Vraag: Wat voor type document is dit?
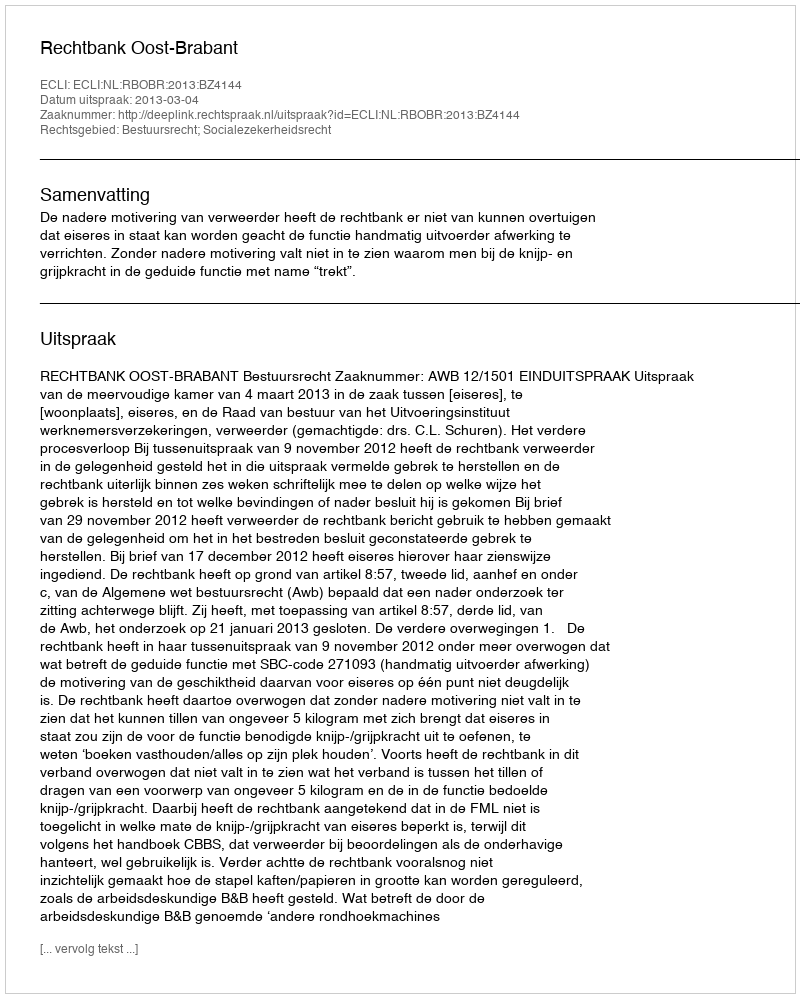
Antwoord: Uitspraak